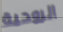
الروحية